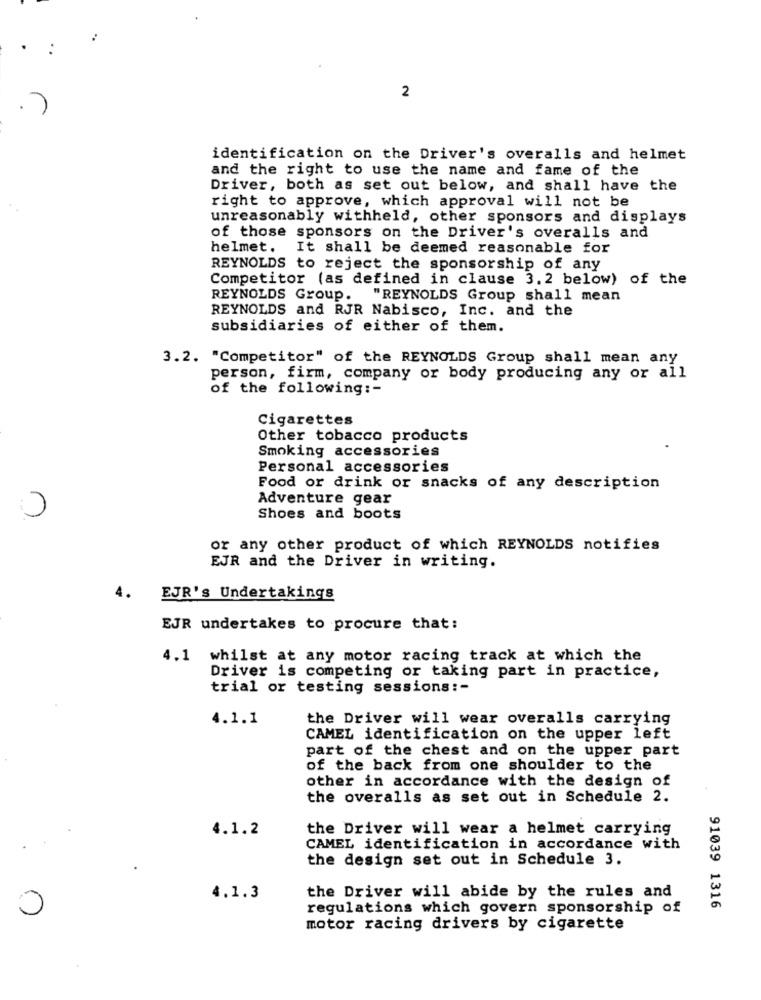
.
2
identification on the Driver's overalls and helmet
and the right to use the name and fame of the
Driver, both as set out below, and shall have the
right to approve, which approval will not be
unreasonably withheld, other sponsors and displays
of those sponsors on the Driver's overalls and
helmet. It shall be deemed reasonable for
REYNOLDS to reject the sponsorship of any
Competitor (as defined in clause 3. 2 below) of the
REYNOLDS Group. "REYNOLDS Group shall mean
REYNOLDS and RJR Nabisco, Inc. and the
subsidiaries of either of them.
3.2. "Competitor" of the REYNOLDS Group shall mean any
person, firm, company or body producing any or all
of the following :-
Cigarettes
Other tobacco products
Smoking accessories
Personal accessories
Food or drink or snacks of any description
Adventure gear
0
Shoes and boots
or any other product of which REYNOLDS notifies
EJR and the Driver in writing.
4.
EJR's Undertakings
EJR undertakes to procure that:
4. 1 whilst at any motor racing track at which the
Driver is competing or taking part in practice,
trial or testing sessions :-
4.1.1
the Driver will wear overalls carrying
CAMEL identification on the upper left
part of the chest and on the upper part
of the back from one shoulder to the
other in accordance with the design of
the overalls as set out in Schedule 2.
4.1.2
the Driver will wear a helmet carrying
CAMEL identification in accordance with
the design set out in Schedule 3.
4.1.3
the Driver will abide by the rules and
regulations which govern sponsorship of
91039 1316
motor racing drivers by cigarette